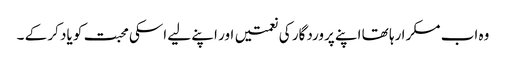
وہ اب مسکرا رہا تھا اپنے پروردگار کی نعمتیں اور اپنے لیے اسکی محبت کو یاد کر کے ۔